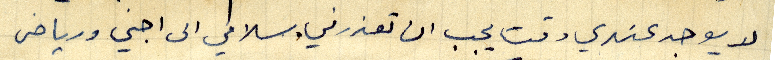
لا يوجد عندي وقت يجب ان تعذرني. سلامي الى اجني ورياض